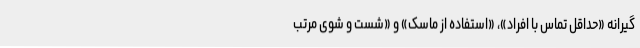
گیرانه «حداقل تماس با افراد»، «استفاده از ماسک» و «شست و شوی مرتب